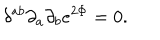
LaTeX: \delta ^ { a b } \partial _ { a } \partial _ { b } e ^ { 2 \Phi } = 0 .